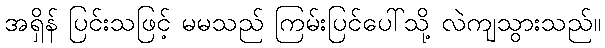
အရှိန် ပြင်းသဖြင့် မမသည် ကြမ်းပြင်ပေါ်သို့ လဲကျသွားသည်။